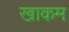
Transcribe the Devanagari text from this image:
खाकम